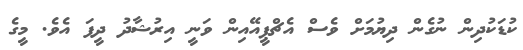
ކުޑަކުދިން ނުގެން ދިޔުމަށް ވެސް އެޗްޕީއޭއިން ވަނީ އިރުޝާދު ދީފަ އެވެ. މީގެ